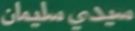
سيدى سليمان